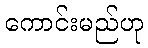
ကောင်းမည်ဟု